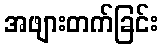
အဖျားတက်ခြင်း